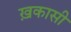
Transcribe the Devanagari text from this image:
ख़कासी